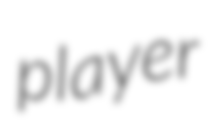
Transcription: player